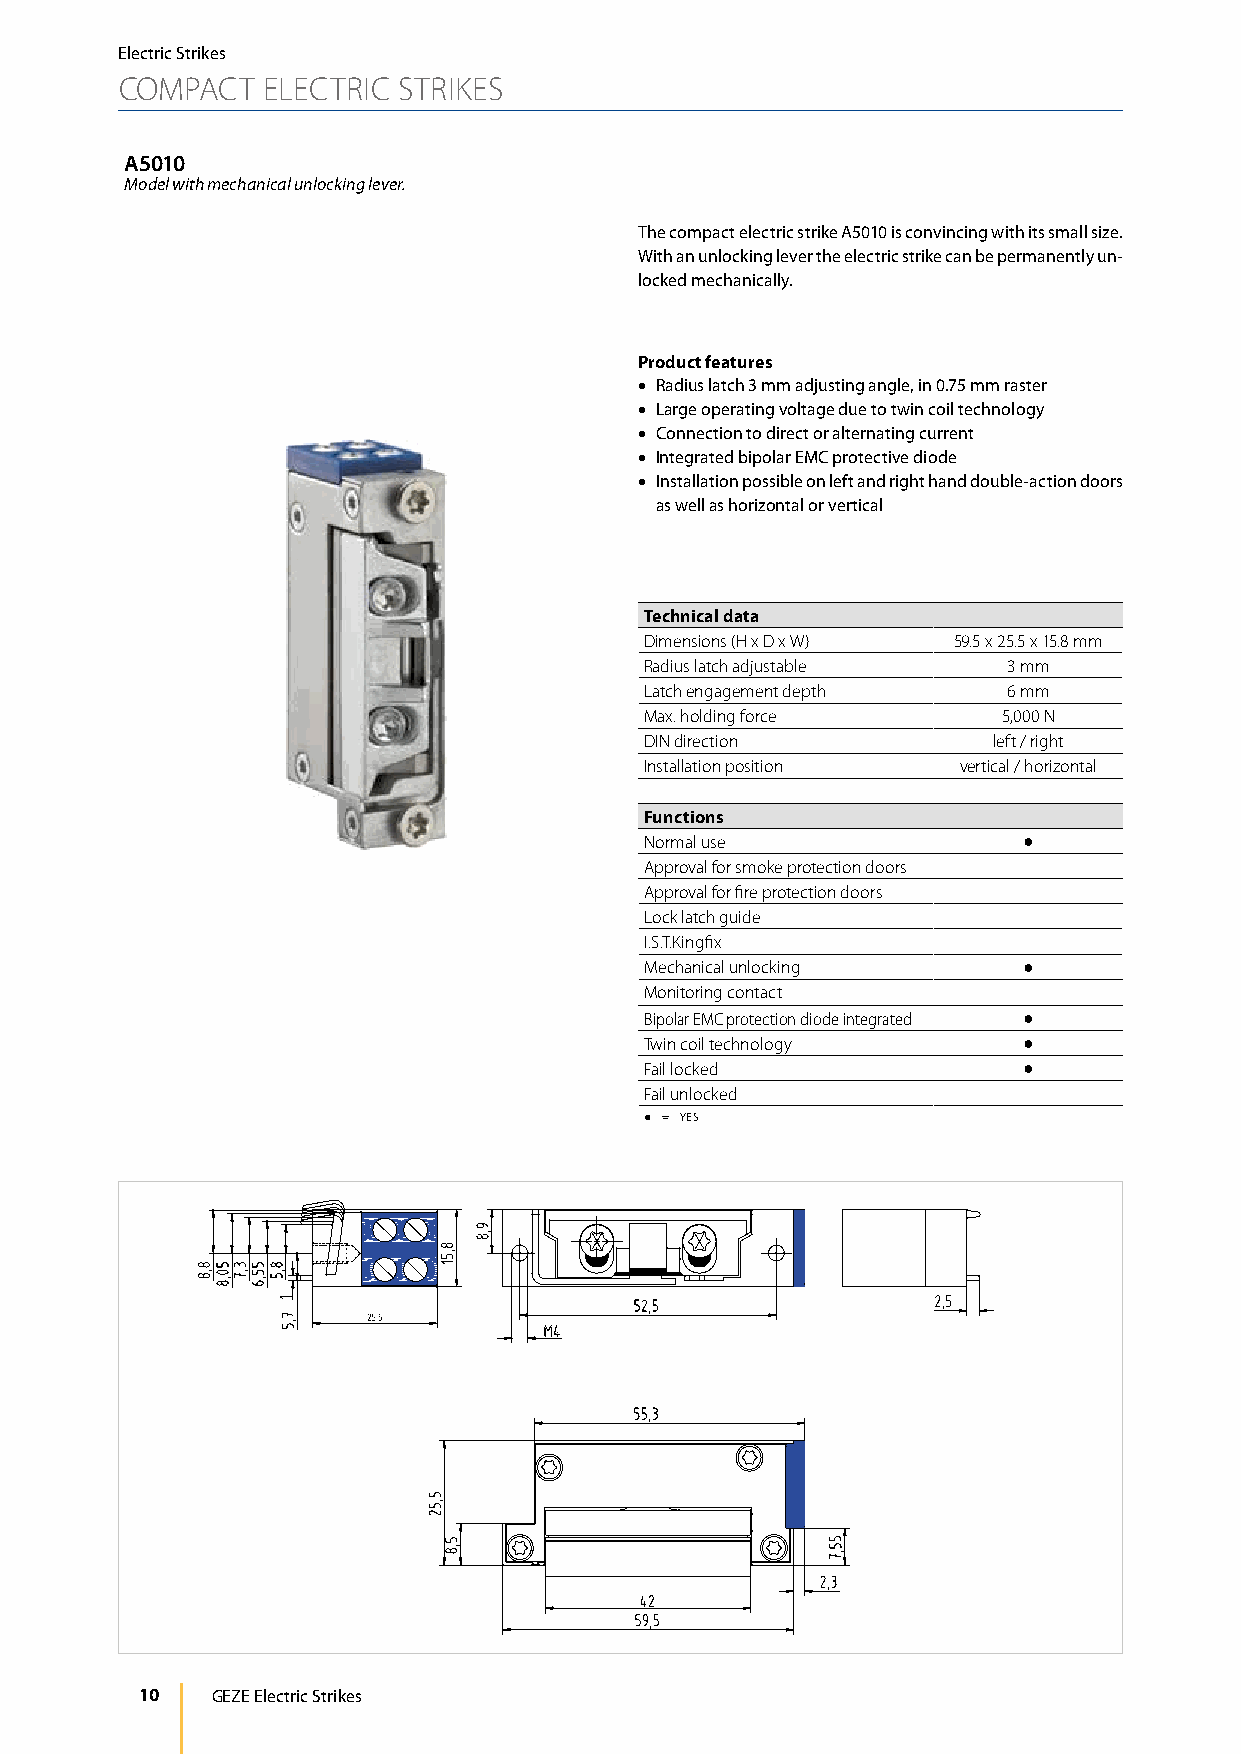
Electric Strikes
 COMPACT  ELECTRIC STRIKES
 A5010
 Model with mechanical unlocking lever.
 The compact electric strike A5010 is convincing with its small size.
 With an unlocking lever the electric strike can be permanently un-
 locked mechanically.
 Product features
 • Radius latch 3 mm adjusting angle, in 0.75 mm raster
 • Large operating voltage due to twin coil technology
 • Connection to direct or alternating current
 • Integrated bipolar EMC protective diode
 • Installation possible on left and right hand double-action doors
 as well as horizontal or vertical
 Technical data
 Dimensions (H x D x W) 59.5 x 25.5 x 15.8 mm
 Radius latch adjustable 3 mm
 Latch engagement depth  6 mm
 Max. holding force     5,000 N
 DIN direction          left / right
 Installation position vertical / horizontal
 Functions
 Normal use               ●
 Approval for smoke protection doors
 Approval for fire protection doors
 Lock latch guide
 I.S.T.Kingfix
 Mechanical unlocking     ●
 Monitoring contact
 Bipolar EMC protection diode integrated ●
 Twin coil technology     ●
 Fail locked              ●
 Fail unlocked
 ● = YES
 10   GEZE Electric Strikes